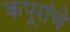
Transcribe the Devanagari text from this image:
कपूरांचे